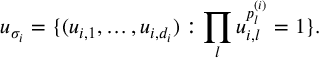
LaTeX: u _ { \sigma _ { i } } = \{ ( u _ { i , 1 } , \ldots , u _ { i , d _ { i } } ) : \prod _ { l } u _ { i , l } ^ { p _ { l } ^ { ( i ) } } = 1 \} .